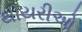
થીયરીઓ